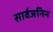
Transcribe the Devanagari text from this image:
सार्वजनिन